Lunatic asylums United Prov. 1922-30 - 1922-1930
Year: 1922
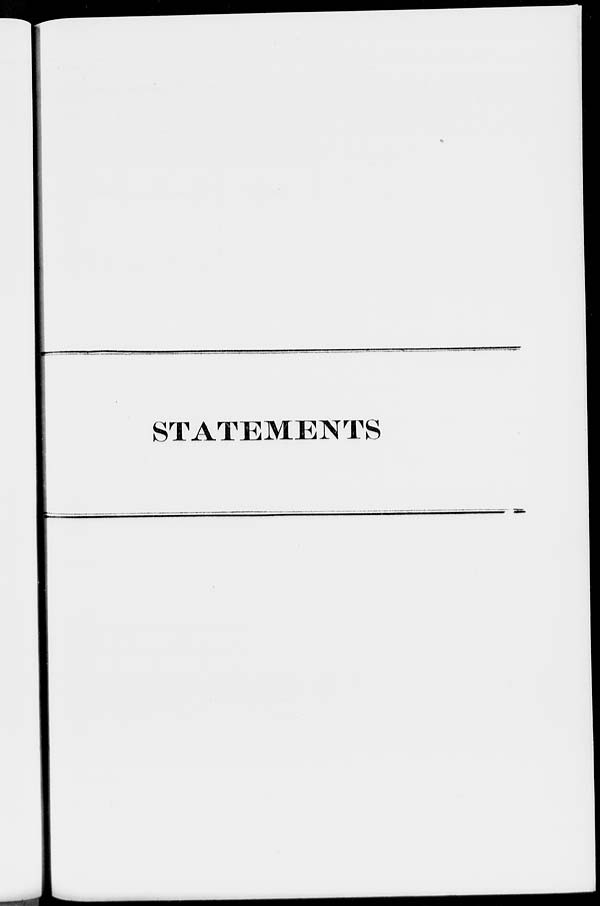
STATEMENTS